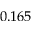
0 . 1 6 5